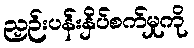
ညှဉ်းပန်းနှိပ်စက်မှုကို